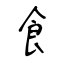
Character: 飠